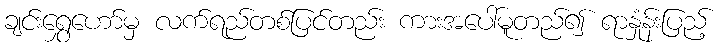
ချင်းရွှေဟော်မှ လက်ရည်တစ်ပြင်တည်း ကားအပေါ်မူတည်၍ ရာနှုံန်းပြည့်